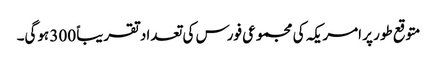
متوقع طور پر امریکہ کی مجموعی فورس کی تعداد تقریباً 300 ہوگی۔